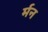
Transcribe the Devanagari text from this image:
र्मन